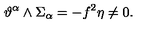
\vartheta ^ { \alpha } \wedge \Sigma _ { \alpha } = - f ^ { 2 } \eta \neq 0 .